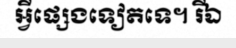
អ្វីផ្សេងទៀតទេ។ រីឯ